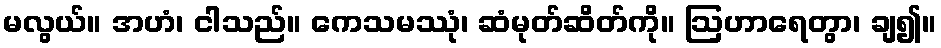
မလွယ်။ အဟံ၊ ငါသည်။ ကေသမဿုံ၊ ဆံမုတ်ဆိတ်ကို။ ဩဟာရေတွာ၊ ချ၍။